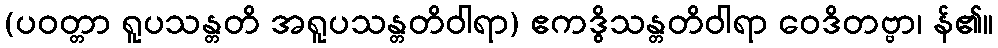
(ပဝတ္တာ ရူပသန္တတိ အရူပသန္တတိဝါရာ) ဧကဒွိသန္တတိဝါရာ ဝေဒိတဗ္ဗာ၊ န်၏။